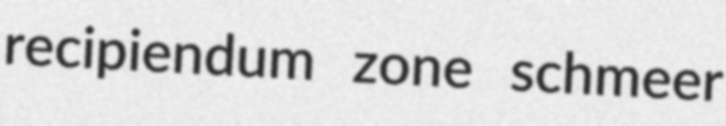
recipiendum zone schmeer